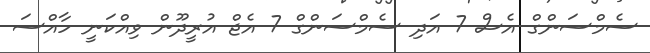
ސެމްސަންގް އެސް 7 އަދި ސެމްސަންގް 7 އެޖް އުރީދޫން ވިއްކަނީ ހާއްސަ